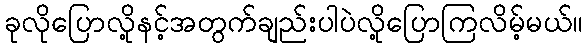
ခုလိုပြောလို့နင့်အတွက်ချည်းပါပဲလို့ပြောကြလိမ့်မယ်။